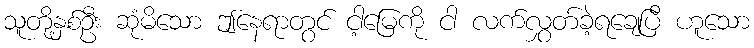
သူတို့နှစ်ဦး ဆုံမိသော ဤနေရာတွင် ငါ့မြေကို ငါ လက်လွှတ်ခဲ့ရချေပြီ ဟူသော